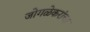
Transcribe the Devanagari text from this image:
जोगळेकरांचा